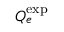
Q _ { e } ^ { \mathrm { e x p } }